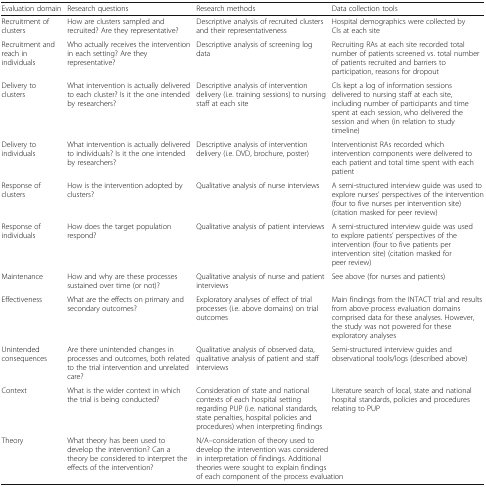
<table><thead><tr><td><b>Evaluation domain</b></td><td><b>Research questions</b></td><td><b>Research methods</b></td><td><b>Data collection tools</b></td></tr></thead><tbody><tr><td>Recruitment of clusters</td><td>How are clusters sampled and recruited? Are they representative?</td><td>Descriptive analysis of recruited clusters and their representativeness</td><td>Hospital demographics were collected by CIs at each site</td></tr><tr><td>Recruitment and reach in individuals</td><td>Who actually receives the intervention in each setting? Are they representative?</td><td>Descriptive analysis of screening log data</td><td>Recruiting RAs at each site recorded total number of patients screened vs. total number of patients recruited and barriers to participation, reasons for dropout</td></tr><tr><td>Delivery to clusters</td><td>What intervention is actually delivered to each cluster? Is it the one intended by researchers?</td><td>Descriptive analysis of intervention delivery (i.e. training sessions) to nursing staff at each site</td><td>CIs kept a log of information sessions delivered to nursing staff at each site, including number of participants and time spent at each session, who delivered the session and when (in relation to study timeline)</td></tr><tr><td>Delivery to individuals</td><td>What intervention is actually delivered to individuals? Is it the one intended by researchers?</td><td>Descriptive analysis of intervention delivery (i.e. DVD, brochure, poster)</td><td>Interventionist RAs recorded which intervention components were delivered to each patient and total time spent with each patient</td></tr><tr><td>Response of clusters</td><td>How is the intervention adopted by clusters?</td><td>Qualitative analysis of nurse interviews</td><td>A semi-structured interview guide was used to explore nurses’ perspectives of the intervention (four to five nurses per intervention site) (citation masked for peer review)</td></tr><tr><td>Response of individuals</td><td>How does the target population respond?</td><td>Qualitative analysis of patient interviews</td><td>A semi-structured interview guide was used to explore patients’ perspectives of the intervention (four to five patients per intervention site) (citation masked for peer review)</td></tr><tr><td>Maintenance</td><td>How and why are these processes sustained over time (or not)?</td><td>Qualitative analysis of nurse and patient interviews</td><td>See above (for nurses and patients)</td></tr><tr><td>Effectiveness</td><td>What are the effects on primary and secondary outcomes?</td><td>Exploratory analyses of effect of trial processes (i.e. above domains) on trial outcomes</td><td>Main findings from the INTACT trial and results from above process evaluation domains comprised data for these analyses. However, the study was not powered for these exploratory analyses</td></tr><tr><td>Unintended consequences</td><td>Are there unintended changes in processes and outcomes, both related to the trial intervention and unrelated care?</td><td>Qualitative analysis of observed data, qualitative analysis of patient and staff interviews</td><td>Semi-structured interview guides and observational tools/logs (described above)</td></tr><tr><td>Context</td><td>What is the wider context in which the trial is being conducted?</td><td>Consideration of state and national contexts of each hospital setting regarding PUP (i.e. national standards, state penalties, hospital policies and procedures) when interpreting findings</td><td>Literature search of local, state and national hospital standards, policies and procedures relating to PUP</td></tr><tr><td>Theory</td><td>What theory has been used to develop the intervention? Can a theory be considered to interpret the effects of the intervention?</td><td colspan="2">N/A–consideration of theory used to develop the intervention was considered in interpretation of findings. Additional theories were sought to explain findings of each component of the process evaluation</td></tr></tbody></table>